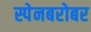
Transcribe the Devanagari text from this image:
स्पेनबरोबर